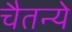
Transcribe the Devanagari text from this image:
चैतन्ये